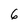
Character: 6